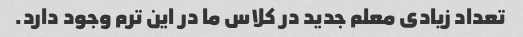
تعداد زیادی معلم جدید در کلاس ما در این ترم وجود دارد.